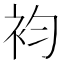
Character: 袀